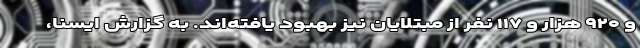
و ۹۲۰ هزار و ۱۱۷ نفر از مبتلایان نیز بهبود یافته‌اند. به گزارش ایسنا،